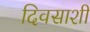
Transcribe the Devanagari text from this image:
दिवसाशी